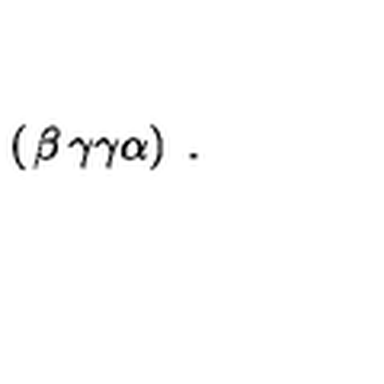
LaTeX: \left( \begin{matrix} { \beta } & { \gamma } \\ { \gamma } & { \alpha } \\ \end{matrix} \right) \ .